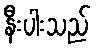
နီးပါးသည်